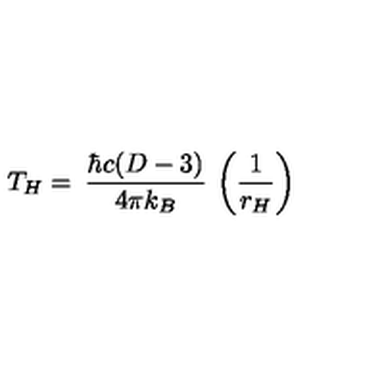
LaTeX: T _ { H } = \: \frac { \hbar c ( D - 3 ) } { 4 \pi k _ { B } } \: \left( \frac { 1 } { r _ { H } } \right)